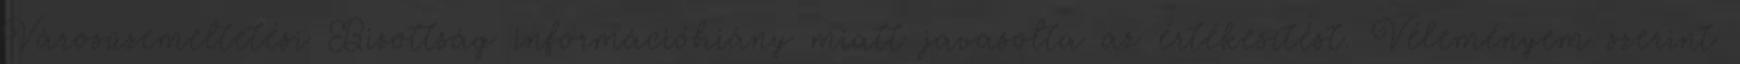
Városüzemeltetési Bizottság információhiány miatt javasolta az értékesítést. Véleményem szerint